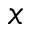
x